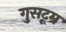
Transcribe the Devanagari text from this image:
गुसटूम